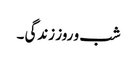
شب و روز زندگی ۔